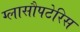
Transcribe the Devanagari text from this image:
ग्लासौपटेरिस